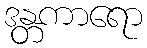
ဒန္တကာရော